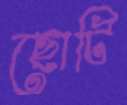
ছোটি